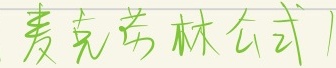
麦克劳林公式